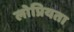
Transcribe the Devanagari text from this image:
लोप्रियता